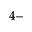
4 \mathrm { - }